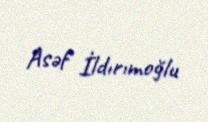
Asəf İldırımoğlu